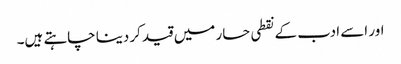
اور اسے ادب کے نقطی حسار میں قید کردینا چاہتے ہیں۔